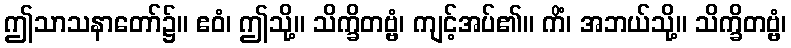
ဤသာသနာတော်၌။ ဧဝံ၊ ဤသို့။ သိက္ခိတဗ္ဗံ၊ ကျင့်အပ်၏။ ကိံ၊ အဘယ်သို့။ သိက္ခိတဗ္ဗံ၊